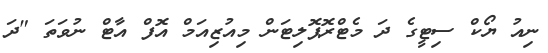
ނިއު ޔޯކް ސިޓީގެ ދަ މެޓްރޮޕޮލިޓަން މިއުޒިއަމް އޮފް އާޓް ނުވަތަ "ދަ